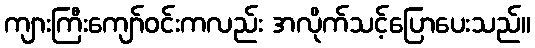
ကျားကြီးကျော်ဝင်းကလည်း အလိုက်သင့်ပြောပေးသည်။